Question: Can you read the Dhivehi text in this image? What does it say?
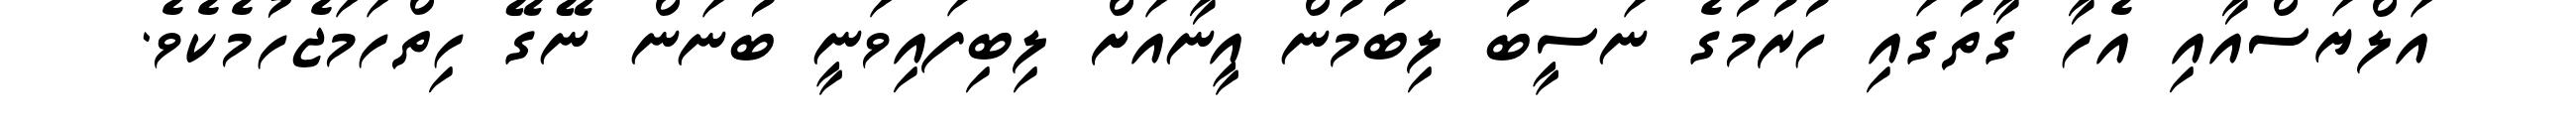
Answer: އަލްޔަސްއާއި އެހާ ގާތުގައި ހުރުމުގެ ނަސީބު ލިބުމުން އީނާއަށް ލިބިފައިވަނީ ބުނަން ނޭގޭ ހިތްހަމަޖެހުމެކެވެ.